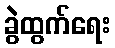
ခွဲထွက်ရေး